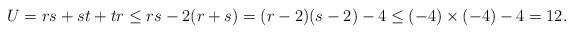
LaTeX: \begin{align*}U=rs+st+tr\leq rs-2(r+s)=(r-2)(s-2)-4\leq(-4)\times(-4)-4=12. \end{align*}